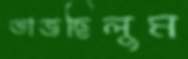
ভাজছিলুম